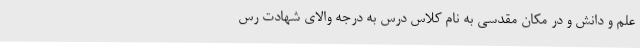
علم و دانش و در مکان مقدسی به نام کلاس درس به درجه والای شهادت رس